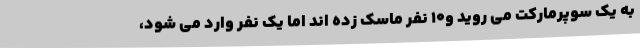
به یک سوپرمارکت می روید و10 نفر ماسک زده اند اما یک نفر وارد می شود،